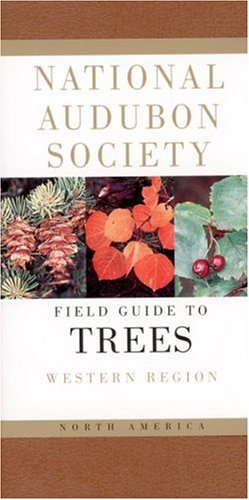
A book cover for National Audubon Society Field Guide to North American Trees--W: Western Region (National Audubon Society Field Guides); Elbert L. Little; Science & Math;